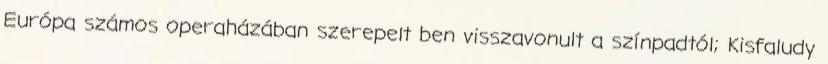
Európa számos operaházában szerepelt ben visszavonult a színpadtól; Kisfaludy